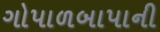
ગોપાળબાપાની